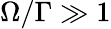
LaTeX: \Omega/\Gamma\gg 1